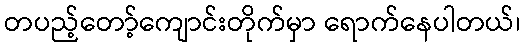
တပည့်တော့်ကျောင်းတိုက်မှာ ရောက်နေပါတယ်၊